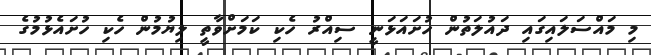
މި މައްސަލައިގައި ދައުލަތުން ހުށައަޅަނީ ސިއްރު ހެކި ކަމަށްވާތީ ލިޔުމުން ހެކި ހުށައެޅުމުގެ